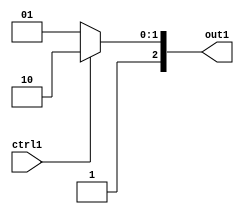
`timescale 1ps / 1ps
/*****************************************************************************
    Verilog RTL Description
    
    
    Created by: Stratus DpOpt 2019.1.01 
*******************************************************************************/

module dut_Muxn2n3u1_4 (
	ctrl1,
	out1
	); /* architecture "behavioural" */ 
input  ctrl1;
output [2:0] out1;
wire [2:0] asc001;

reg [2:0] asc001_tmp_0;
assign asc001 = asc001_tmp_0;
always @ (ctrl1) begin
	case (ctrl1)
		1'B1 : asc001_tmp_0 = 3'B110 ;
		default : asc001_tmp_0 = 3'B101 ;
	endcase
end

assign out1 = asc001;
endmodule

/* CADENCE  uLDySwA= : u9/ySgnWtBlWxVPRXgAZ4Og= ** DO NOT EDIT THIS LINE ******/